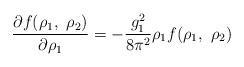
LaTeX: \begin{align*}\frac{\partial f(\rho_1,~\rho_2)}{\partial \rho_1} = - \frac{g_1^2}{8 \pi^2} \rho_1 f(\rho_1,~\rho_2)\end{align*}